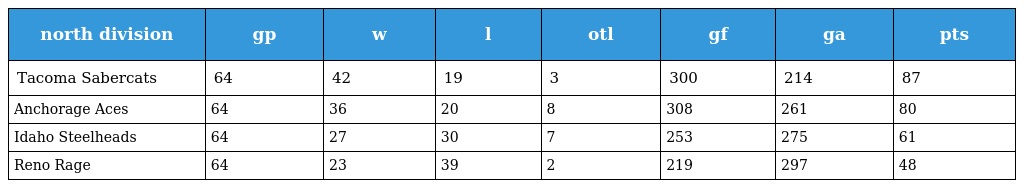
| north division | gp | w | l | otl | gf | ga | pts |
 | --- | --- | --- | --- | --- | --- | --- | --- |
 | Tacoma Sabercats | 64 | 42 | 19 | 3 | 300 | 214 | 87 |
 | Anchorage Aces | 64 | 36 | 20 | 8 | 308 | 261 | 80 |
 | Idaho Steelheads | 64 | 27 | 30 | 7 | 253 | 275 | 61 |
 | Reno Rage | 64 | 23 | 39 | 2 | 219 | 297 | 48 |